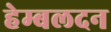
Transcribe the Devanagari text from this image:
हेम्बलदन